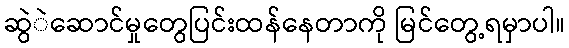
ဆွဲဲဆောင်မှုတွေပြင်းထန်နေတာကို မြင်တွေ့ရမှာပါ။